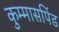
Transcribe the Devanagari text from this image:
कुम्मासपिंड